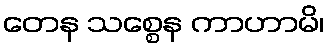
တေန သစ္စေန ကာဟာမိ၊